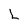
Character: L